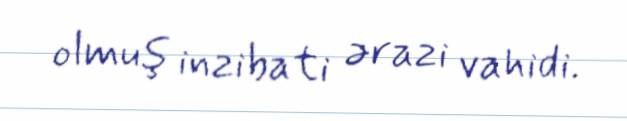
olmuş inzibati ərazi vahidi.